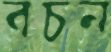
বচন